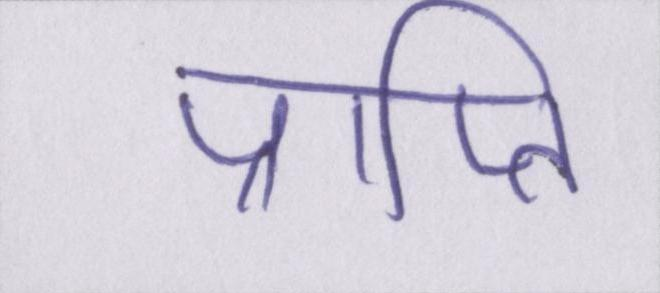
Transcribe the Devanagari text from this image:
प्राप्ति